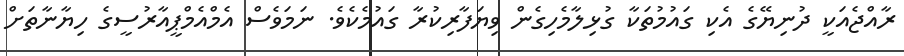
ރާއްޖެއަކީ ދުނިޔޭގެ އެކި ގައުމުތަކާ ގުޅިލާމެހިގެން ވިޔަފާރިކުރާ ގައުމެކެވެ. ނަމަވެސް އެމްއެމްޕީއާރުސީގެ ހިޔާނާތަށް